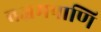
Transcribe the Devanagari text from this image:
वज्रमपाणि